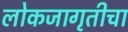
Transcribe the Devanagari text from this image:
लोकजागृतीचा